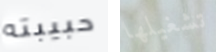
حبيبته تشغيلها